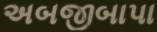
અબજીબાપા